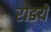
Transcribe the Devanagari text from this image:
राडये